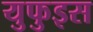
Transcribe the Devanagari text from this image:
युफुइस